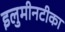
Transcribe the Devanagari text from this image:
इलुमीनटीका